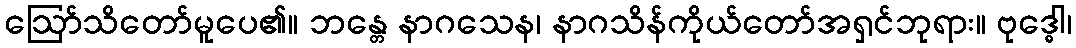
ဩော်သိတော်မူပေ၏။ ဘန္တေ နာဂသေန၊ နာဂသိန်ကိုယ်တော်အရှင်ဘုရား။ ဗုဒ္ဓေါ၊